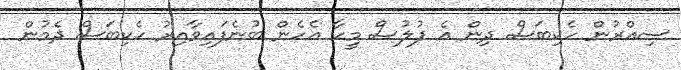
ސިއްރުން ހެކިބަސް ދިން އެ ފުލުސް މީހާ އެހެން ބުނެފައިވާއިރު ހެކިބަސް ދެމުން